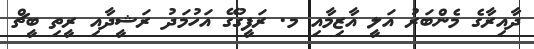
ދާއިރާގެ މެންބަރު އަލީ އާޒިމާއި މ. ރަފީގުގޭ އަހުމަދު ރަޝީދާއި ރީތި ބީޗް